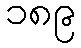
၁၈၉